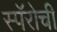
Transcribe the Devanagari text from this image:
स्पॅरोची